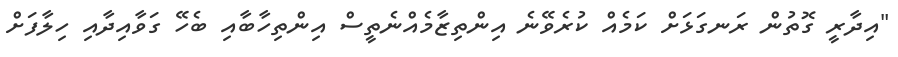
"އިދާރީ ގޮތުން ރަނގަޅަށް ކަމެއް ކުރެވޭނެ އިންތިޒާމެއްނެތީސް އިންތިހާބާއި ބެހޭ ގަވާއިދާއި ހިލާފަށް